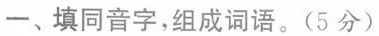
一、填同音字，组成词语。(5分)